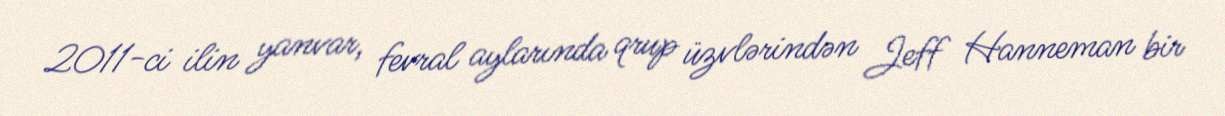
2011-ci ilin yanvar, fevral aylarında qrup üzvlərindən Jeff Hanneman bir